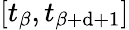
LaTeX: [t_{\beta},t_{\beta+\mathrm{d}+1}]